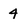
Character: 4